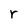
Character: r